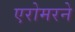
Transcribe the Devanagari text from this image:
एरोमरने